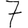
Digit: 7